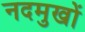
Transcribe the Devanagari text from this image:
नदमुखों